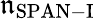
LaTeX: \mathfrak{n}_{\mathrm{{SPAN-I}}}